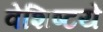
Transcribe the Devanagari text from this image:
वेशिष्टये